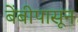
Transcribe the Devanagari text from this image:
बेंबीपासून